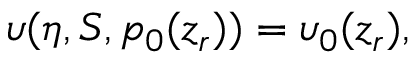
\upsilon ( \eta , S , p _ { 0 } ( z _ { r } ) ) = \upsilon _ { 0 } ( z _ { r } ) ,